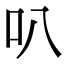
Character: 叭